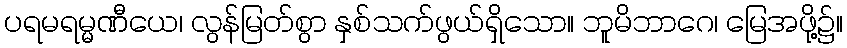
ပရမရမ္မဏီယေ၊ လွန်မြတ်စွာ နှစ်သက်ဖွယ်ရှိသော။ ဘူမိဘာဂေ၊ မြေအဖို့၌။